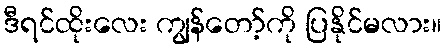
ဒီရင်ထိုးလေး ကျွန်တော့်ကို ပြနိုင်မလား။